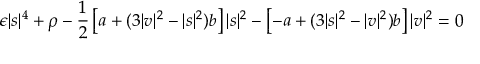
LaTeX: \epsilon | s | ^ { 4 } + \rho - { \frac { 1 } { 2 } } \left[ a + ( 3 | v | ^ { 2 } - | s | ^ { 2 } ) b \right] | s | ^ { 2 } - \left[ - a + ( 3 | s | ^ { 2 } - | v | ^ { 2 } ) b \right] | v | ^ { 2 } = 0